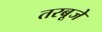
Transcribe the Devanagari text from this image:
तरबूजे